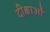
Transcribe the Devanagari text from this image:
दीक्षाओं